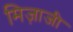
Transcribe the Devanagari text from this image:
मिज़ाजी